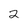
Character: 2